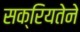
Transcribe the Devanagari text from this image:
सक्रियतेने